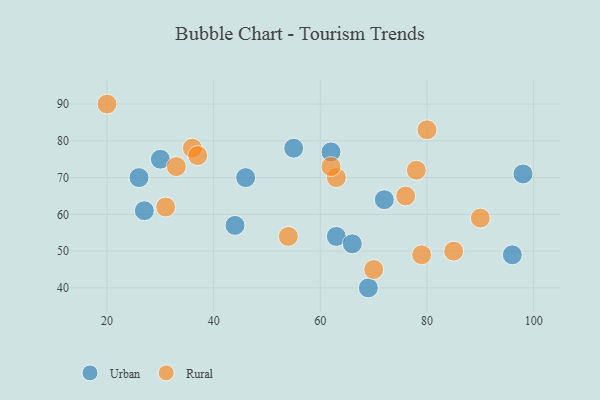
{"axis": {"x": "GDP", "y": "Life Expectancy"}, "legend": ["Rural", "Urban"], "data": [{"x": "30", "y": 75, "type": "Urban"}, {"x": "27", "y": 61, "type": "Urban"}, {"x": "96", "y": 49, "type": "Urban"}, {"x": "72", "y": 64, "type": "Urban"}, {"x": "63", "y": 54, "type": "Urban"}, {"x": "66", "y": 52, "type": "Urban"}, {"x": "55", "y": 78, "type": "Urban"}, {"x": "44", "y": 57, "type": "Urban"}, {"x": "26", "y": 70, "type": "Urban"}, {"x": "69", "y": 40, "type": "Urban"}, {"x": "46", "y": 70, "type": "Urban"}, {"x": "98", "y": 71, "type": "Urban"}, {"x": "62", "y": 77, "type": "Urban"}, {"x": "36", "y": 78, "type": "Rural"}, {"x": "20", "y": 90, "type": "Rural"}, {"x": "31", "y": 62, "type": "Rural"}, {"x": "76", "y": 65, "type": "Rural"}, {"x": "54", "y": 54, "type": "Rural"}, {"x": "37", "y": 76, "type": "Rural"}, {"x": "33", "y": 73, "type": "Rural"}, {"x": "90", "y": 59, "type": "Rural"}, {"x": "79", "y": 49, "type": "Rural"}, {"x": "78", "y": 72, "type": "Rural"}, {"x": "63", "y": 70, "type": "Rural"}, {"x": "85", "y": 50, "type": "Rural"}, {"x": "70", "y": 45, "type": "Rural"}, {"x": "80", "y": 83, "type": "Rural"}, {"x": "62", "y": 73, "type": "Rural"}]}